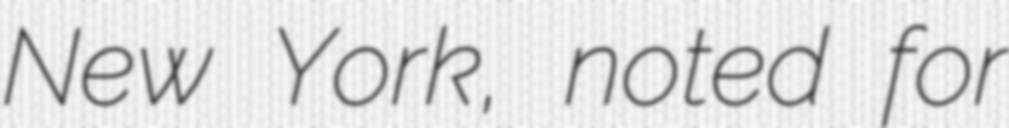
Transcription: New York, noted for